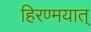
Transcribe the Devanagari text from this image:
हिरण्मयात्